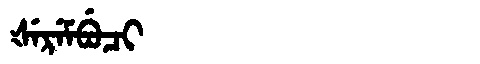
Manchu: ᡧᡝᡵᡝᠮᠪᡠᠴᡳ
Romanization: ŠEREMBUCI